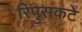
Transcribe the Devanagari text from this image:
रिपुसंकटे